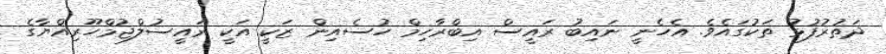
ދަތުރުފުޅު ތަކުގައެވެ. އެހެނީ ނައިބު ރައީސް އިބްރާހިމް ހުސެއިން ޒަކީ އަކީ ރައީސުލްޖުމްހޫރިއްޔާގެ